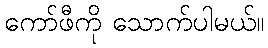
ကော်ဖီကို သောက်ပါမယ်။